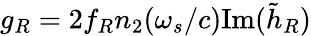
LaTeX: g_{R}=2f_{R}n_{2}(\omega_{s}/c)\mathrm{Im}(\tilde{h}_{R})